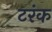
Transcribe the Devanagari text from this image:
टरंक